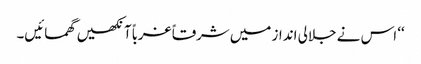
‘‘ اس نے جلالی انداز میں شرقاً غرباً آنکھیں گھمائیں۔